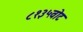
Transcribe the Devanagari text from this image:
८१३५वोट